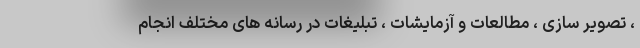
، تصویر سازی ، مطالعات و آزمایشات ، تبلیغات در رسانه های مختلف انجام